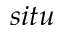
s i t u